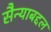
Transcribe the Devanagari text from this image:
सैन्याबद्दल